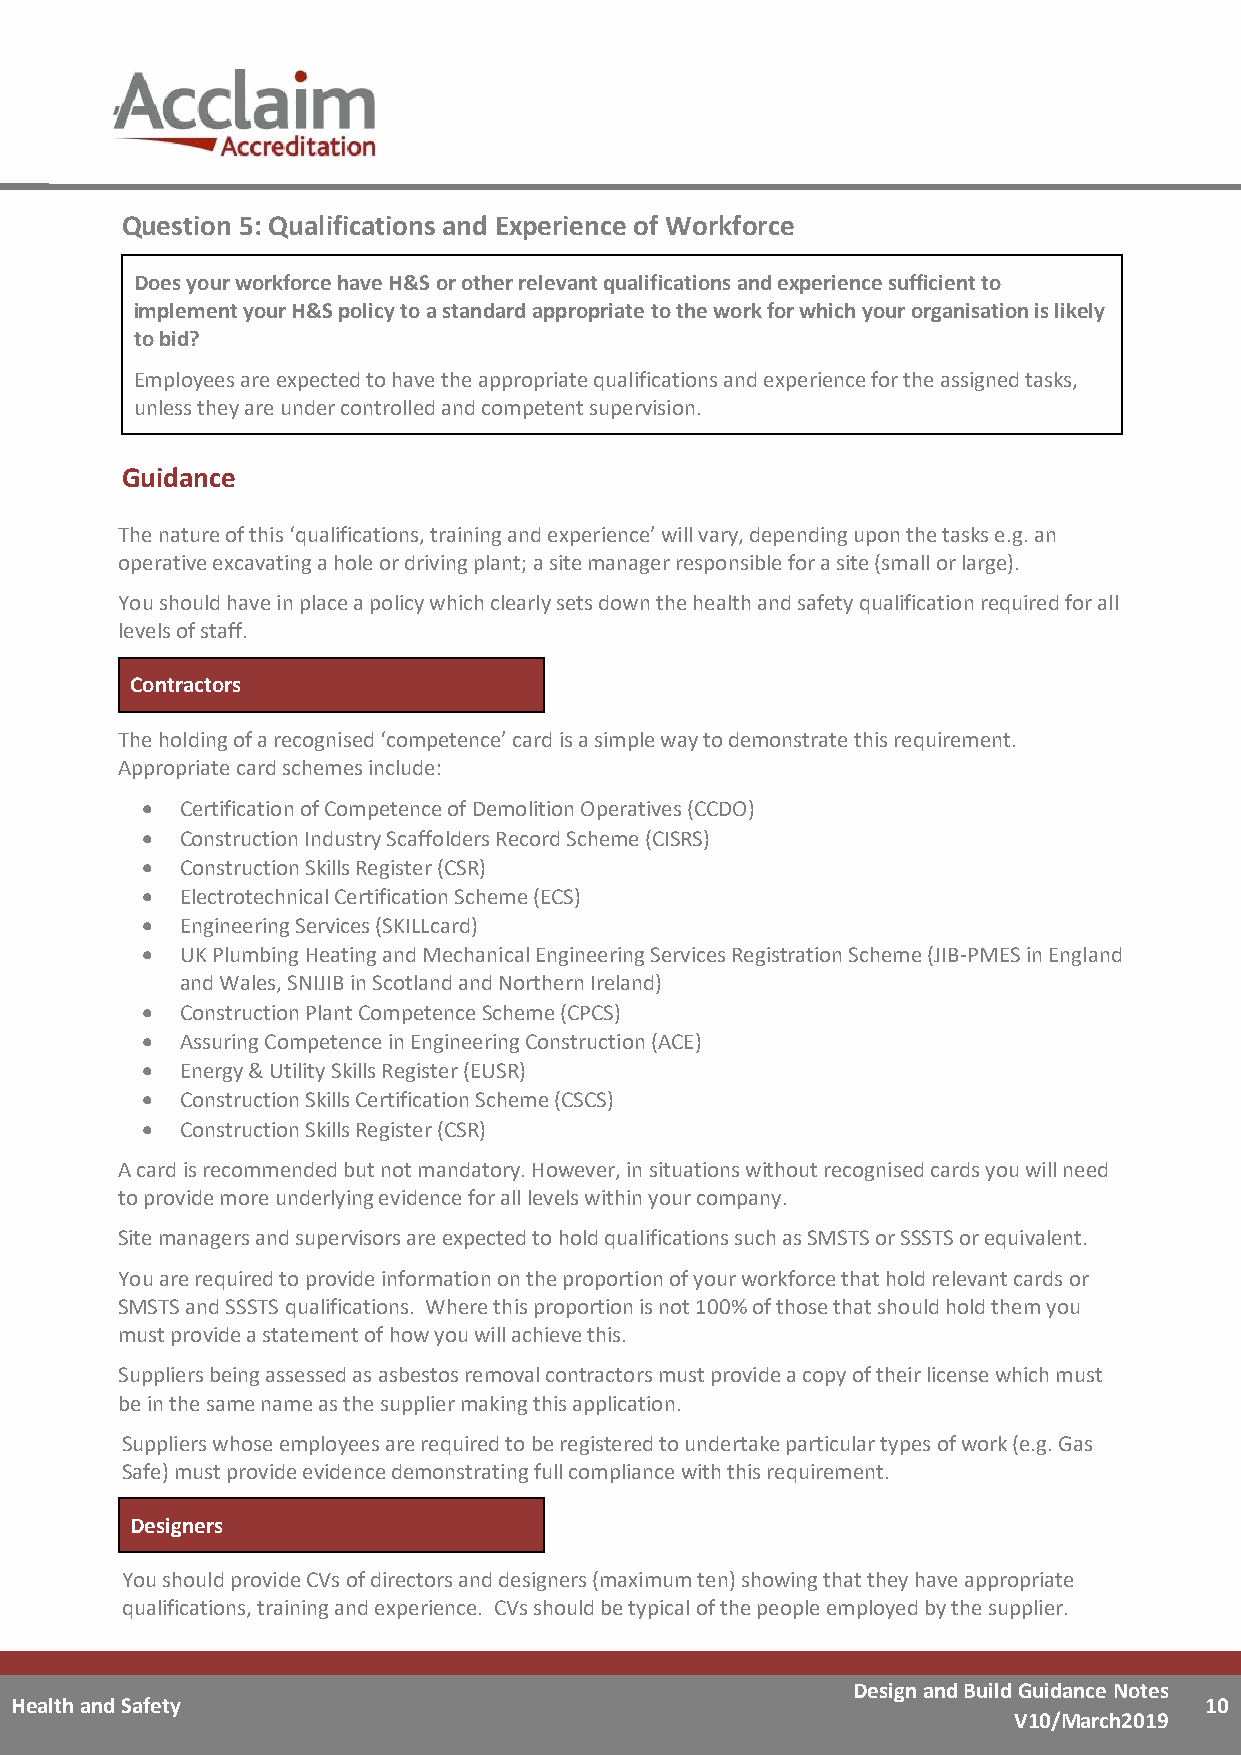
Question 5: Qualifications and Experience of Workforce
 Does your workforce have H&S or other relevant qualifications and experience sufficient to
 implement your H&S policy to a standard appropriate to the work for which your organisation is likely
 to bid?
 Employees are expected to have the appropriate qualifications and experience for the assigned tasks,
 unless they are under controlled and competent supervision.
 Guidance
 The nature of this ‘qualifications, training and experience’ will vary, depending upon the tasks e.g. an
 operative excavating a hole or driving plant; a site manager responsible for a site (small or large).
 You should have in place a policy which clearly sets down the health and safety qualification required for all
 levels of staff.
 Contractors
 The holding of a recognised ‘competence’ card is a simple way to demonstrate this requirement.
 Appropriate card schemes include:
 •  Certification of Competence of Demolition Operatives (CCDO)
 •  Construction Industry Scaffolders Record Scheme (CISRS)
 •  Construction Skills Register (CSR)
 •  Electrotechnical Certification Scheme (ECS)
 •  Engineering Services (SKILLcard)
 •  UK Plumbing Heating and Mechanical Engineering Services Registration Scheme (JIB-PMES in England
 and Wales, SNIJIB in Scotland and Northern Ireland)
 •  Construction Plant Competence Scheme (CPCS)
 •  Assuring Competence in Engineering Construction (ACE)
 •  Energy & Utility Skills Register (EUSR)
 •  Construction Skills Certification Scheme (CSCS)
 •  Construction Skills Register (CSR)
 A card is recommended but not mandatory. However, in situations without recognised cards you will need
 to provide more underlying evidence for all levels within your company.
 Site managers and supervisors are expected to hold qualifications such as SMSTS or SSSTS or equivalent.
 You are required to provide information on the proportion of your workforce that hold relevant cards or
 SMSTS and SSSTS qualifications. Where this proportion is not 100% of those that should hold them you
 must provide a statement of how you will achieve this.
 Suppliers being assessed as asbestos removal contractors must provide a copy of their license which must
 be in the same name as the supplier making this application.
 Suppliers whose employees are required to be registered to undertake particular types of work (e.g. Gas
 Safe) must provide evidence demonstrating full compliance with this requirement.
 Designers
 You should provide CVs of directors and designers (maximum ten) showing that they have appropriate
 qualifications, training and experience. CVs should be typical of the people employed by the supplier.
 Design and Build Guidance Notes
 Health and Safety                                                              10
 V10/March2019